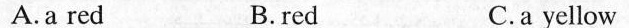
A.a red B.red C.a yellow